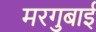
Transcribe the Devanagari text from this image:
मरगुबाई